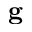
\textbf { g }